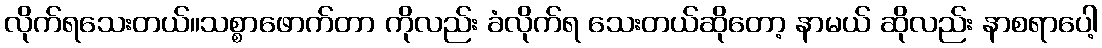
လိုက်ရသေးတယ်။သစ္စာဖောက်တာ ကိုလည်း ခံလိုက်ရ သေးတယ်ဆိုတော့ နာမယ် ဆိုလည်း နာစရာပေါ့